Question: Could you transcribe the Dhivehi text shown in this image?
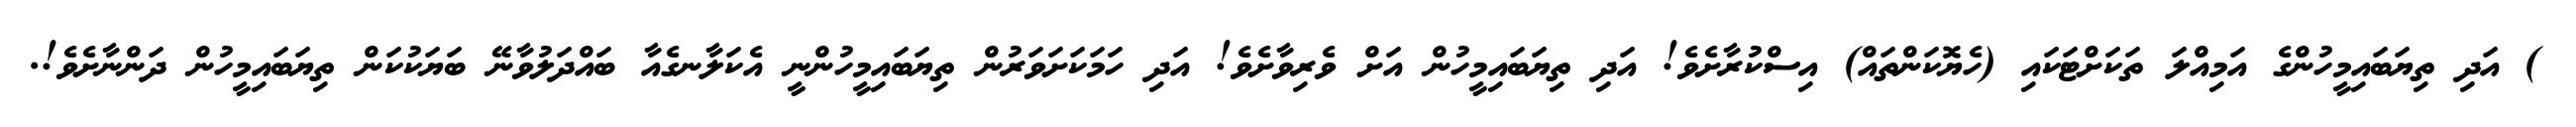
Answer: ) އަދި ތިޔަބައިމީހުންގެ އަމިއްލަ ތަކަށްޓަކައި (ހެޔޮކަންތައް) އިސްކުރާށެވެ! އަދި ތިޔަބައިމީހުން އަށް ވެރިވާށެވެ! އަދި ހަމަކަށަވަރުން ތިޔަބައިމީހުންނީ އެކަލާނގެއާ ބައްދަލުވާނޭ ބަޔަކުކަން ތިޔަބައިމީހުން ދަންނާށެވެ!.